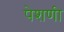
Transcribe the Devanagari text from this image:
पेशणी